Source: Handwritten
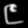
Digit: ၉ (9)